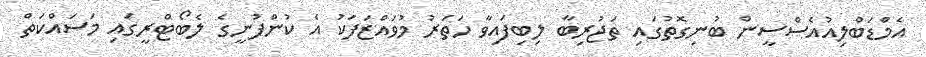
އެމްޑަބްލިއުއެސްސީން ބުނިގޮތުގައި ތަޖުރިބާ ލިބިފައިވާ ހަތަރު މުވައްޒަފަކު އެ ކުންފުނީގެ ލެބޯޓްރީގައި މަސައްކަތް